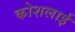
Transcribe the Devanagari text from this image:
कोशलाई